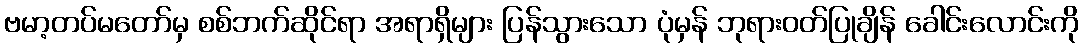
ဗမာ့တပ်မတော်မှ စစ်ဘက်ဆိုင်ရာ အရာရှိများ ပြန်သွားသော ပုံမှန် ဘုရားဝတ်ပြုချိန် ခေါင်းလောင်းကို